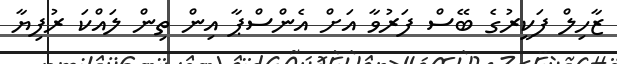
ޒާހިލް ފަކީރުގެ ބޭސް ފަރުވާ އަށް އެންސްޕާ އިން ތިން ލައްކަ ރުފިޔާ